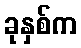
ခုနှစ်က